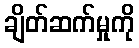
ချိတ်ဆက်မှုကို